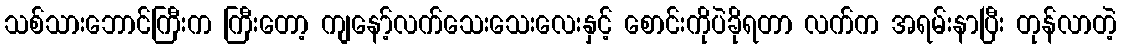
သစ်သားဘောင်ကြီးက ကြီးတော့ ကျနော့်လက်သေးသေးလေးနှင့် စောင်းကိုပဲခိုရတာ လက်က အရမ်းနာပြီး တုန်လာတဲ့